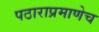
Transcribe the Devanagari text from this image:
पठाराप्रमाणेच